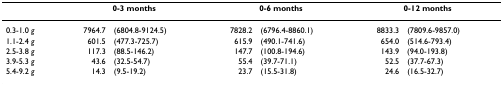
<table><thead><tr><td></td><td colspan="2"><b>0-3 months</b></td><td colspan="2"><b>0-6 months</b></td><td colspan="2"><b>0-12 months</b></td></tr></thead><tbody><tr><td>0.3-1.0 <i>g</i></td><td>7964.7</td><td>(6804.8-9124.5)</td><td>7828.2</td><td>(6796.4-8860.1)</td><td>8833.3</td><td>(7809.6-9857.0)</td></tr><tr><td>1.1-2.4 <i>g</i></td><td>601.5</td><td>(477.3-725.7)</td><td>615.9</td><td>(490.1-741.6)</td><td>654.0</td><td>(514.6-793.4)</td></tr><tr><td>2.5-3.8 <i>g</i></td><td>117.3</td><td>(88.5-146.2)</td><td>147.7</td><td>(100.8-194.6)</td><td>143.9</td><td>(94.0-193.8)</td></tr><tr><td>3.9-5.3 <i>g</i></td><td>43.6</td><td>(32.5-54.7)</td><td>55.4</td><td>(39.7-71.1)</td><td>52.5</td><td>(37.7-67.3)</td></tr><tr><td>5.4-9.2 <i>g</i></td><td>14.3</td><td>(9.5-19.2)</td><td>23.7</td><td>(15.5-31.8)</td><td>24.6</td><td>(16.5-32.7)</td></tr></tbody></table>